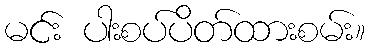
မင်း ပါးစပ်ပိတ်ထားစမ်း။